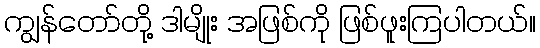
ကျွန်တော်တို့ ဒါမျိုး အဖြစ်ကို ဖြစ်ဖူးကြပါတယ်။